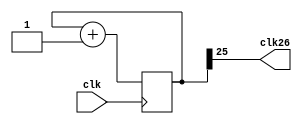
module clock_divisor(clk26, clk);

input clk;
output clk26;

reg [25:0] num;
wire [25:0] next_num;

always @(posedge clk) begin
  num <= next_num;
end

assign next_num = num + 1'b1;
assign clk26 = num[25];
endmodule